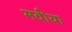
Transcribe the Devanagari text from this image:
मवीया